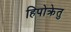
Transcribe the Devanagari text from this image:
हिपोक्रेतु